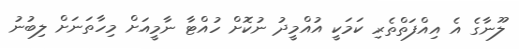
ލޫނާގެ އެ އިއްފަތްތެރި ކަމަކީ އުއްމީދު ނުކޮށް ހުއްޓާ ނާމީއަށް މިހާތަނަށް ލިބުނު